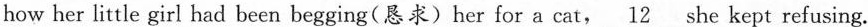
how her little girl had been begging(恳求)her for a cat,\underline 12she kept refusing.